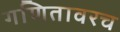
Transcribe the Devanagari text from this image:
गणितावरच